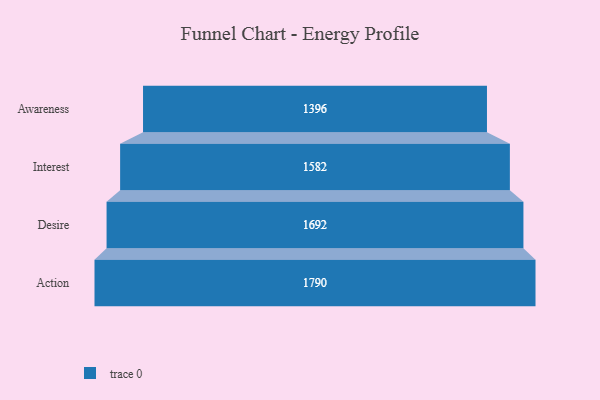
{"axis": {"x": "Stage", "y": "Value"}, "legend": [""], "data": [{"x": "Awareness", "y": 1396.0, "type": ""}, {"x": "Interest", "y": 1582.0, "type": ""}, {"x": "Desire", "y": 1692.0, "type": ""}, {"x": "Action", "y": 1790.0, "type": ""}]}